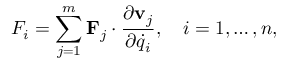
F _ { i } = \sum _ { j = 1 } ^ { m } \mathbf { F } _ { j } \cdot { \frac { \partial \mathbf { v } _ { j } } { \partial { \dot { q } } _ { i } } } , \quad i = 1 , \ldots , n ,